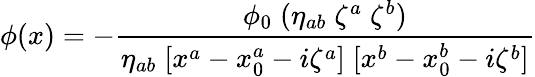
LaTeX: \phi(x)=-{\frac{\phi_{0}\; (\eta_{ab}\; \zeta^{a}\; \zeta^{b})}{\eta_{ab}\; [x^{a}-x_{0}^{a}-i\zeta^{a}]\; [x^{b}-x_{0}^{b}-i\zeta^{b}]}}